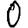
Digit: 0